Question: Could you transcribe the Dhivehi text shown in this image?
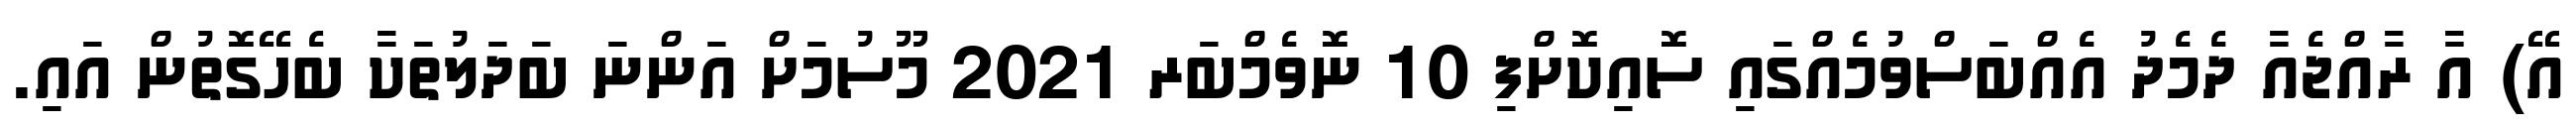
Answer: އޭ) އާ ރާއްޖެއާ ދެމެދު އެއްބަސްވުމެއްގައި ސޮއިކޮށްފި 10 ނޮވެމްބަރ 2021 މޫސުމަށް އަންނަ ބަދަލުތަކާ ބެހޭގޮތުން އައި.